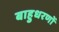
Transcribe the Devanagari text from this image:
बाहुधरणों